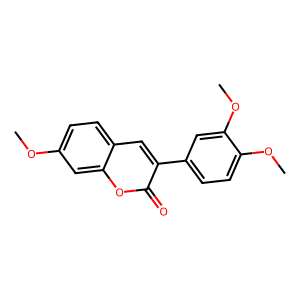
SMILES: COc1ccc2cc(-c3ccc(OC)c(OC)c3)c(=O)oc2c1
Inhibits HIV replication: No